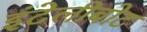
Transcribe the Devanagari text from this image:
इंटेलीबोट